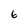
Character: 6